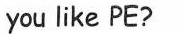
you like PE?